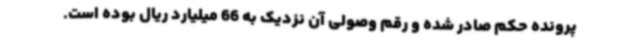
پرونده حکم صادر شده و رقم وصولی آن نزدیک به 66 میلیارد ریال بوده است.